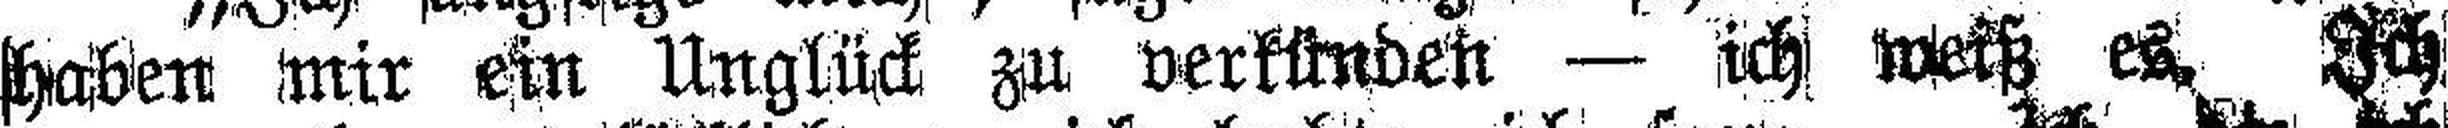
haben mir ein Unglück zu verkünden — ich weiß es. Ich